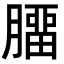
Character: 𦠝